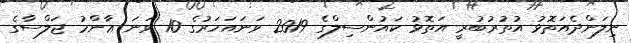
ނިލަންދެއަތޮޅު އުތުރުބުރީ އަތޮޅު ކައުންސިލްގެ 2019 ވަނައަހަރުގެ 10 ވަނަ ޢާންމު ޖަލްސާގެ